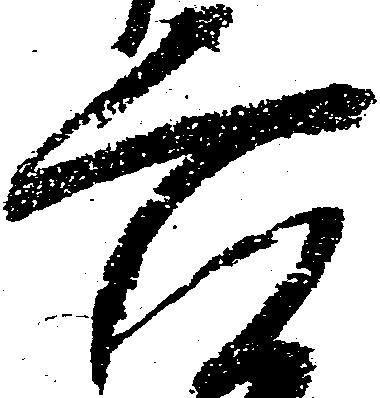
六